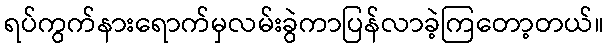
ရပ်ကွက်နားရောက်မှလမ်းခွဲကာပြန်လာခဲ့ကြတော့တယ်။